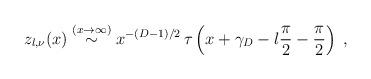
LaTeX: \begin{align*}z_{l,\nu} (x) \stackrel{(x \rightarrow \infty ) }{\sim}x^{-(D-1)/2}\,\tau \left( x +\gamma_{D}- l \frac{\pi}{2} - \frac{\pi}{2}\right)\; ,\end{align*}